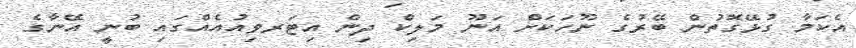
އެކަމާ ގުޅޭގޮތުން ބޭރުގެ ނޫހަކަށް އަނޫ މަލިކް ދިން އިޓަރވިއުއެއްގައި ބުނީ އޭނާގެ